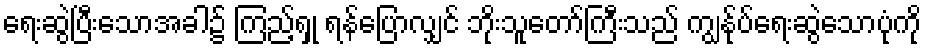
ရေးဆွဲပြီးသောအခါ၌ ကြည့်ရှု ရန်ပြောလျှင် ဘိုးသူတော်ကြီးသည် ကျွန်ုပ်ရေးဆွဲသောပုံကို